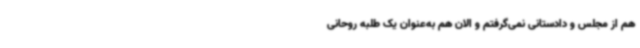
هم از مجلس و دادستانی نمی‌گرفتم و الان هم به‌عنوان یک طلبه روحانی